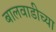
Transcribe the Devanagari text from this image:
बालवाडीच्या